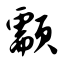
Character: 颥